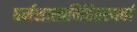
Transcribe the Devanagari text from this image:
धर्मशास्त्रविहितस्यर्वा